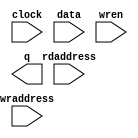
// megafunction wizard: %RAM: 2-PORT%VBB%
// GENERATION: STANDARD
// VERSION: WM1.0
// MODULE: altsyncram 

// ============================================================
// Megafunction Name(s):
// 			altsyncram
//
// Simulation Library Files(s):
// 			altera_mf
// ============================================================
// ************************************************************
// THIS IS A WIZARD-GENERATED FILE. DO NOT EDIT THIS FILE!
//
// 17.1.0 Build 590 10/25/2017 SJ Lite Edition
// ************************************************************

//Copyright (C) 2017  Intel Corporation. All rights reserved.
//Your use of Intel Corporation's design tools, logic functions 
//and other software and tools, and its AMPP partner logic 
//functions, and any output files from any of the foregoing 
//(including device programming or simulation files), and any 
//associated documentation or information are expressly subject 
//to the terms and conditions of the Intel Program License 
//Subscription Agreement, the Intel Quartus Prime License Agreement,
//the Intel FPGA IP License Agreement, or other applicable license
//agreement, including, without limitation, that your use is for
//the sole purpose of programming logic devices manufactured by
//Intel and sold by Intel or its authorized distributors.  Please
//refer to the applicable agreement for further details.

module ram (
	clock,
	data,
	rdaddress,
	wraddress,
	wren,
	q);

	input	  clock;
	input	[15:0]  data;
	input	[4:0]  rdaddress;
	input	[4:0]  wraddress;
	input	  wren;
	output	[15:0]  q;
`ifndef ALTERA_RESERVED_QIS
// synopsys translate_off
`endif
	tri1	  clock;
	tri0	  wren;
`ifndef ALTERA_RESERVED_QIS
// synopsys translate_on
`endif

endmodule

// ============================================================
// CNX file retrieval info
// ============================================================
// Retrieval info: PRIVATE: ADDRESSSTALL_A NUMERIC "0"
// Retrieval info: PRIVATE: ADDRESSSTALL_B NUMERIC "0"
// Retrieval info: PRIVATE: BYTEENA_ACLR_A NUMERIC "0"
// Retrieval info: PRIVATE: BYTEENA_ACLR_B NUMERIC "0"
// Retrieval info: PRIVATE: BYTE_ENABLE_A NUMERIC "0"
// Retrieval info: PRIVATE: BYTE_ENABLE_B NUMERIC "0"
// Retrieval info: PRIVATE: BYTE_SIZE NUMERIC "8"
// Retrieval info: PRIVATE: BlankMemory NUMERIC "1"
// Retrieval info: PRIVATE: CLOCK_ENABLE_INPUT_A NUMERIC "0"
// Retrieval info: PRIVATE: CLOCK_ENABLE_INPUT_B NUMERIC "0"
// Retrieval info: PRIVATE: CLOCK_ENABLE_OUTPUT_A NUMERIC "0"
// Retrieval info: PRIVATE: CLOCK_ENABLE_OUTPUT_B NUMERIC "0"
// Retrieval info: PRIVATE: CLRdata NUMERIC "0"
// Retrieval info: PRIVATE: CLRq NUMERIC "0"
// Retrieval info: PRIVATE: CLRrdaddress NUMERIC "0"
// Retrieval info: PRIVATE: CLRrren NUMERIC "0"
// Retrieval info: PRIVATE: CLRwraddress NUMERIC "0"
// Retrieval info: PRIVATE: CLRwren NUMERIC "0"
// Retrieval info: PRIVATE: Clock NUMERIC "0"
// Retrieval info: PRIVATE: Clock_A NUMERIC "0"
// Retrieval info: PRIVATE: Clock_B NUMERIC "0"
// Retrieval info: PRIVATE: IMPLEMENT_IN_LES NUMERIC "0"
// Retrieval info: PRIVATE: INDATA_ACLR_B NUMERIC "0"
// Retrieval info: PRIVATE: INDATA_REG_B NUMERIC "0"
// Retrieval info: PRIVATE: INIT_FILE_LAYOUT STRING "PORT_B"
// Retrieval info: PRIVATE: INIT_TO_SIM_X NUMERIC "0"
// Retrieval info: PRIVATE: INTENDED_DEVICE_FAMILY STRING "MAX 10"
// Retrieval info: PRIVATE: JTAG_ENABLED NUMERIC "0"
// Retrieval info: PRIVATE: JTAG_ID STRING "NONE"
// Retrieval info: PRIVATE: MAXIMUM_DEPTH NUMERIC "0"
// Retrieval info: PRIVATE: MEMSIZE NUMERIC "512"
// Retrieval info: PRIVATE: MEM_IN_BITS NUMERIC "0"
// Retrieval info: PRIVATE: MIFfilename STRING ""
// Retrieval info: PRIVATE: OPERATION_MODE NUMERIC "2"
// Retrieval info: PRIVATE: OUTDATA_ACLR_B NUMERIC "0"
// Retrieval info: PRIVATE: OUTDATA_REG_B NUMERIC "0"
// Retrieval info: PRIVATE: RAM_BLOCK_TYPE NUMERIC "0"
// Retrieval info: PRIVATE: READ_DURING_WRITE_MODE_MIXED_PORTS NUMERIC "2"
// Retrieval info: PRIVATE: READ_DURING_WRITE_MODE_PORT_A NUMERIC "3"
// Retrieval info: PRIVATE: READ_DURING_WRITE_MODE_PORT_B NUMERIC "3"
// Retrieval info: PRIVATE: REGdata NUMERIC "1"
// Retrieval info: PRIVATE: REGq NUMERIC "1"
// Retrieval info: PRIVATE: REGrdaddress NUMERIC "1"
// Retrieval info: PRIVATE: REGrren NUMERIC "1"
// Retrieval info: PRIVATE: REGwraddress NUMERIC "1"
// Retrieval info: PRIVATE: REGwren NUMERIC "1"
// Retrieval info: PRIVATE: SYNTH_WRAPPER_GEN_POSTFIX STRING "0"
// Retrieval info: PRIVATE: USE_DIFF_CLKEN NUMERIC "0"
// Retrieval info: PRIVATE: UseDPRAM NUMERIC "1"
// Retrieval info: PRIVATE: VarWidth NUMERIC "0"
// Retrieval info: PRIVATE: WIDTH_READ_A NUMERIC "16"
// Retrieval info: PRIVATE: WIDTH_READ_B NUMERIC "16"
// Retrieval info: PRIVATE: WIDTH_WRITE_A NUMERIC "16"
// Retrieval info: PRIVATE: WIDTH_WRITE_B NUMERIC "16"
// Retrieval info: PRIVATE: WRADDR_ACLR_B NUMERIC "0"
// Retrieval info: PRIVATE: WRADDR_REG_B NUMERIC "0"
// Retrieval info: PRIVATE: WRCTRL_ACLR_B NUMERIC "0"
// Retrieval info: PRIVATE: enable NUMERIC "0"
// Retrieval info: PRIVATE: rden NUMERIC "0"
// Retrieval info: LIBRARY: altera_mf altera_mf.altera_mf_components.all
// Retrieval info: CONSTANT: ADDRESS_ACLR_B STRING "NONE"
// Retrieval info: CONSTANT: ADDRESS_REG_B STRING "CLOCK0"
// Retrieval info: CONSTANT: CLOCK_ENABLE_INPUT_A STRING "BYPASS"
// Retrieval info: CONSTANT: CLOCK_ENABLE_INPUT_B STRING "BYPASS"
// Retrieval info: CONSTANT: CLOCK_ENABLE_OUTPUT_B STRING "BYPASS"
// Retrieval info: CONSTANT: INTENDED_DEVICE_FAMILY STRING "MAX 10"
// Retrieval info: CONSTANT: LPM_TYPE STRING "altsyncram"
// Retrieval info: CONSTANT: NUMWORDS_A NUMERIC "32"
// Retrieval info: CONSTANT: NUMWORDS_B NUMERIC "32"
// Retrieval info: CONSTANT: OPERATION_MODE STRING "DUAL_PORT"
// Retrieval info: CONSTANT: OUTDATA_ACLR_B STRING "NONE"
// Retrieval info: CONSTANT: OUTDATA_REG_B STRING "UNREGISTERED"
// Retrieval info: CONSTANT: POWER_UP_UNINITIALIZED STRING "FALSE"
// Retrieval info: CONSTANT: READ_DURING_WRITE_MODE_MIXED_PORTS STRING "DONT_CARE"
// Retrieval info: CONSTANT: WIDTHAD_A NUMERIC "5"
// Retrieval info: CONSTANT: WIDTHAD_B NUMERIC "5"
// Retrieval info: CONSTANT: WIDTH_A NUMERIC "16"
// Retrieval info: CONSTANT: WIDTH_B NUMERIC "16"
// Retrieval info: CONSTANT: WIDTH_BYTEENA_A NUMERIC "1"
// Retrieval info: USED_PORT: clock 0 0 0 0 INPUT VCC "clock"
// Retrieval info: USED_PORT: data 0 0 16 0 INPUT NODEFVAL "data[15..0]"
// Retrieval info: USED_PORT: q 0 0 16 0 OUTPUT NODEFVAL "q[15..0]"
// Retrieval info: USED_PORT: rdaddress 0 0 5 0 INPUT NODEFVAL "rdaddress[4..0]"
// Retrieval info: USED_PORT: wraddress 0 0 5 0 INPUT NODEFVAL "wraddress[4..0]"
// Retrieval info: USED_PORT: wren 0 0 0 0 INPUT GND "wren"
// Retrieval info: CONNECT: @address_a 0 0 5 0 wraddress 0 0 5 0
// Retrieval info: CONNECT: @address_b 0 0 5 0 rdaddress 0 0 5 0
// Retrieval info: CONNECT: @clock0 0 0 0 0 clock 0 0 0 0
// Retrieval info: CONNECT: @data_a 0 0 16 0 data 0 0 16 0
// Retrieval info: CONNECT: @wren_a 0 0 0 0 wren 0 0 0 0
// Retrieval info: CONNECT: q 0 0 16 0 @q_b 0 0 16 0
// Retrieval info: GEN_FILE: TYPE_NORMAL ram.v TRUE
// Retrieval info: GEN_FILE: TYPE_NORMAL ram.inc FALSE
// Retrieval info: GEN_FILE: TYPE_NORMAL ram.cmp FALSE
// Retrieval info: GEN_FILE: TYPE_NORMAL ram.bsf TRUE
// Retrieval info: GEN_FILE: TYPE_NORMAL ram_inst.v TRUE
// Retrieval info: GEN_FILE: TYPE_NORMAL ram_bb.v TRUE
// Retrieval info: LIB_FILE: altera_mf